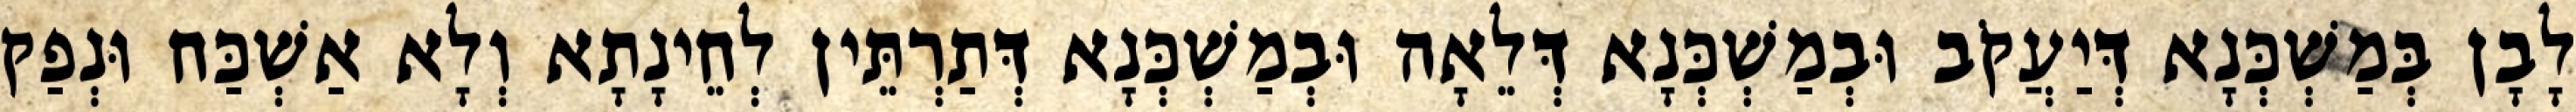
לָבָן בְּמַשְׁכְּנָא דְּיַעֲקֹב וּבְמַשְׁכְּנָא דְּלֵאָה וּבְמַשְׁכְּנָא דְּתַרְתֵּין לְחֵינָתָא וְלָא אַשְׁכַּח וּנְפַק